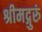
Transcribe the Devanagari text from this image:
श्रीमद्गुरुं